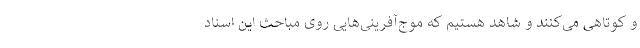
و کوتاهی می‌کنند و شاهد هستیم که موج‌آفرینی‌هایی روی مباحث این اسناد